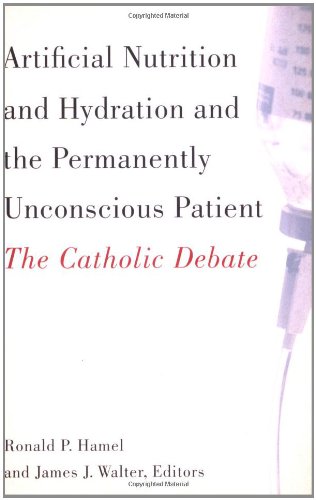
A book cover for Artificial Nutrition and Hydration and the Permanently Unconscious Patient: The Catholic Debate; Medical Books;